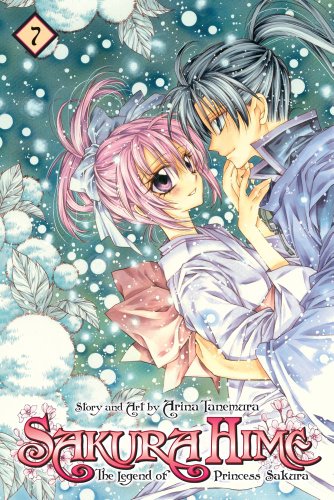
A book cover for Sakura Hime: The Legend of Princess Sakura , Vol. 7 (SAKURA HIME KADEN); Arina Tanemura; Teen & Young Adult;